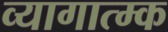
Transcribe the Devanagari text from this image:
व्यागात्म्क